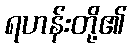
ရဟန်းတို့၏